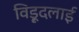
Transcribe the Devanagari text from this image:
विड़ूदलाई